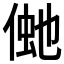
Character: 𠋞